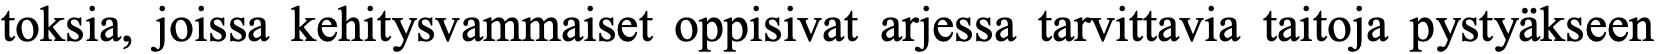
toksia, joissa kehitysvammaiset oppisivat arjessa tarvittavia taitoja pystyäkseen